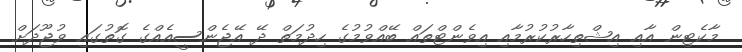
މާކެޓިން އާއި އިޝްތިހާރުކުރުމާއި އިވެންޓްތައް ބޭއްވުމުގެ ހިދުމަތް ދޭ އޭޖެންސީއެއްގެ ގޮތުގައި ވުޖޫދަށް